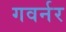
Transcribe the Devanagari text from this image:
गवर्नर